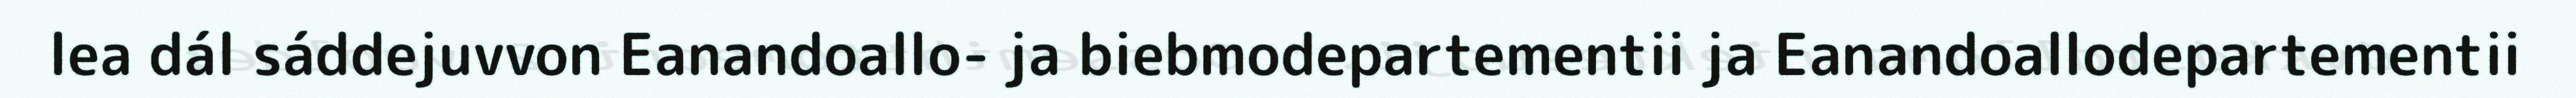
lea dál sáddejuvvon Eanandoallo- ja biebmodepartementii ja Eanandoallodepartementii